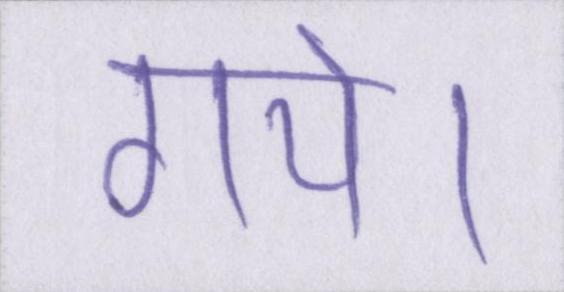
गये।